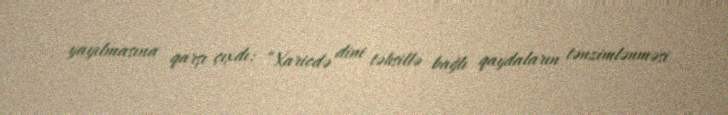
yayılmasına qarşı çıxdı: “Xaricdə dini təhsillə bağlı qaydaların tənzimlənməsi